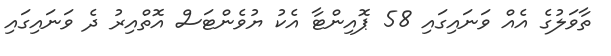
ތާވަލުގެ އެއް ވަނައިގައި 58 ޕޮއިންޓާ އެކު ޔުވެންޓަސް އޮތްއިރު ދެ ވަނައިގައި